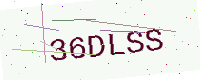
Text: 36DLSS